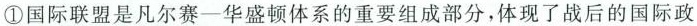
①国际联盟是凡尔赛一华盛顿体系的重要组成部分，体现了战后的国际政